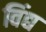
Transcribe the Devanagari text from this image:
विंद्य